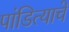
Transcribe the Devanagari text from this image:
पांडित्याचे